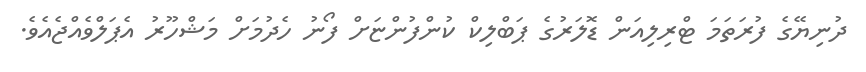
ދުނިޔޭގެ ފުރަތަމަ ޓްރިލިއަން ޑޮލަރުގެ ޕަބްލިކް ކުންފުންޏަށް ފޯނު ހެދުމަށް މަޝްހޫރު އެޕަލްވެއްޖެއެވެ.